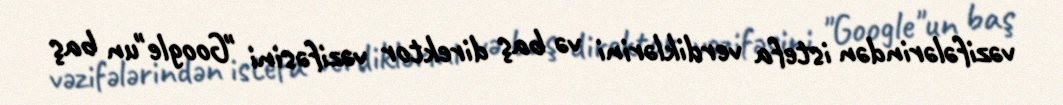
vəzifələrindən istefa verdiklərini və baş direktor vəzifəsini "Google"un baş